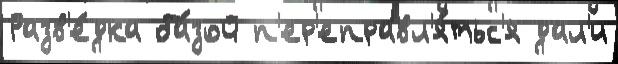
Разв'е́дка ба́зой п'ер'еправл'я́тьс'я дал'и